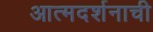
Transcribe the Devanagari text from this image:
आत्मदर्शनाची